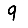
Digit: 9